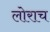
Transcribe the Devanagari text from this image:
लोराच